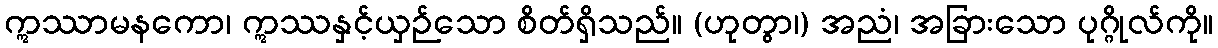
ဣဿာမနကော၊ ဣဿနှင့်ယှဉ်သော စိတ်ရှိသည်။ (ဟုတွာ၊) အညံ၊ အခြားသော ပုဂ္ဂိုလ်ကို။